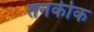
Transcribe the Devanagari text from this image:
तनकीक